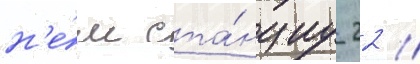
н'е́м ста́нциу 22 //